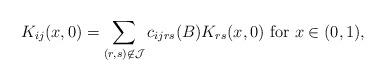
LaTeX: \begin{align*}K_{i j}(x, 0) = \sum_{(r, s) \not \in {\cal J}} c_{i j r s}(B)K_{r s}(x, 0) \mbox{ for } x \in (0, 1),\end{align*}